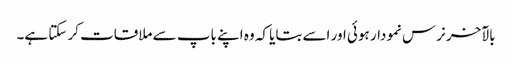
بالآخر نرس نمودار ہوئی اور اسے بتایا کہ وہ اپنے باپ سے ملاقات کر سکتا ہے۔